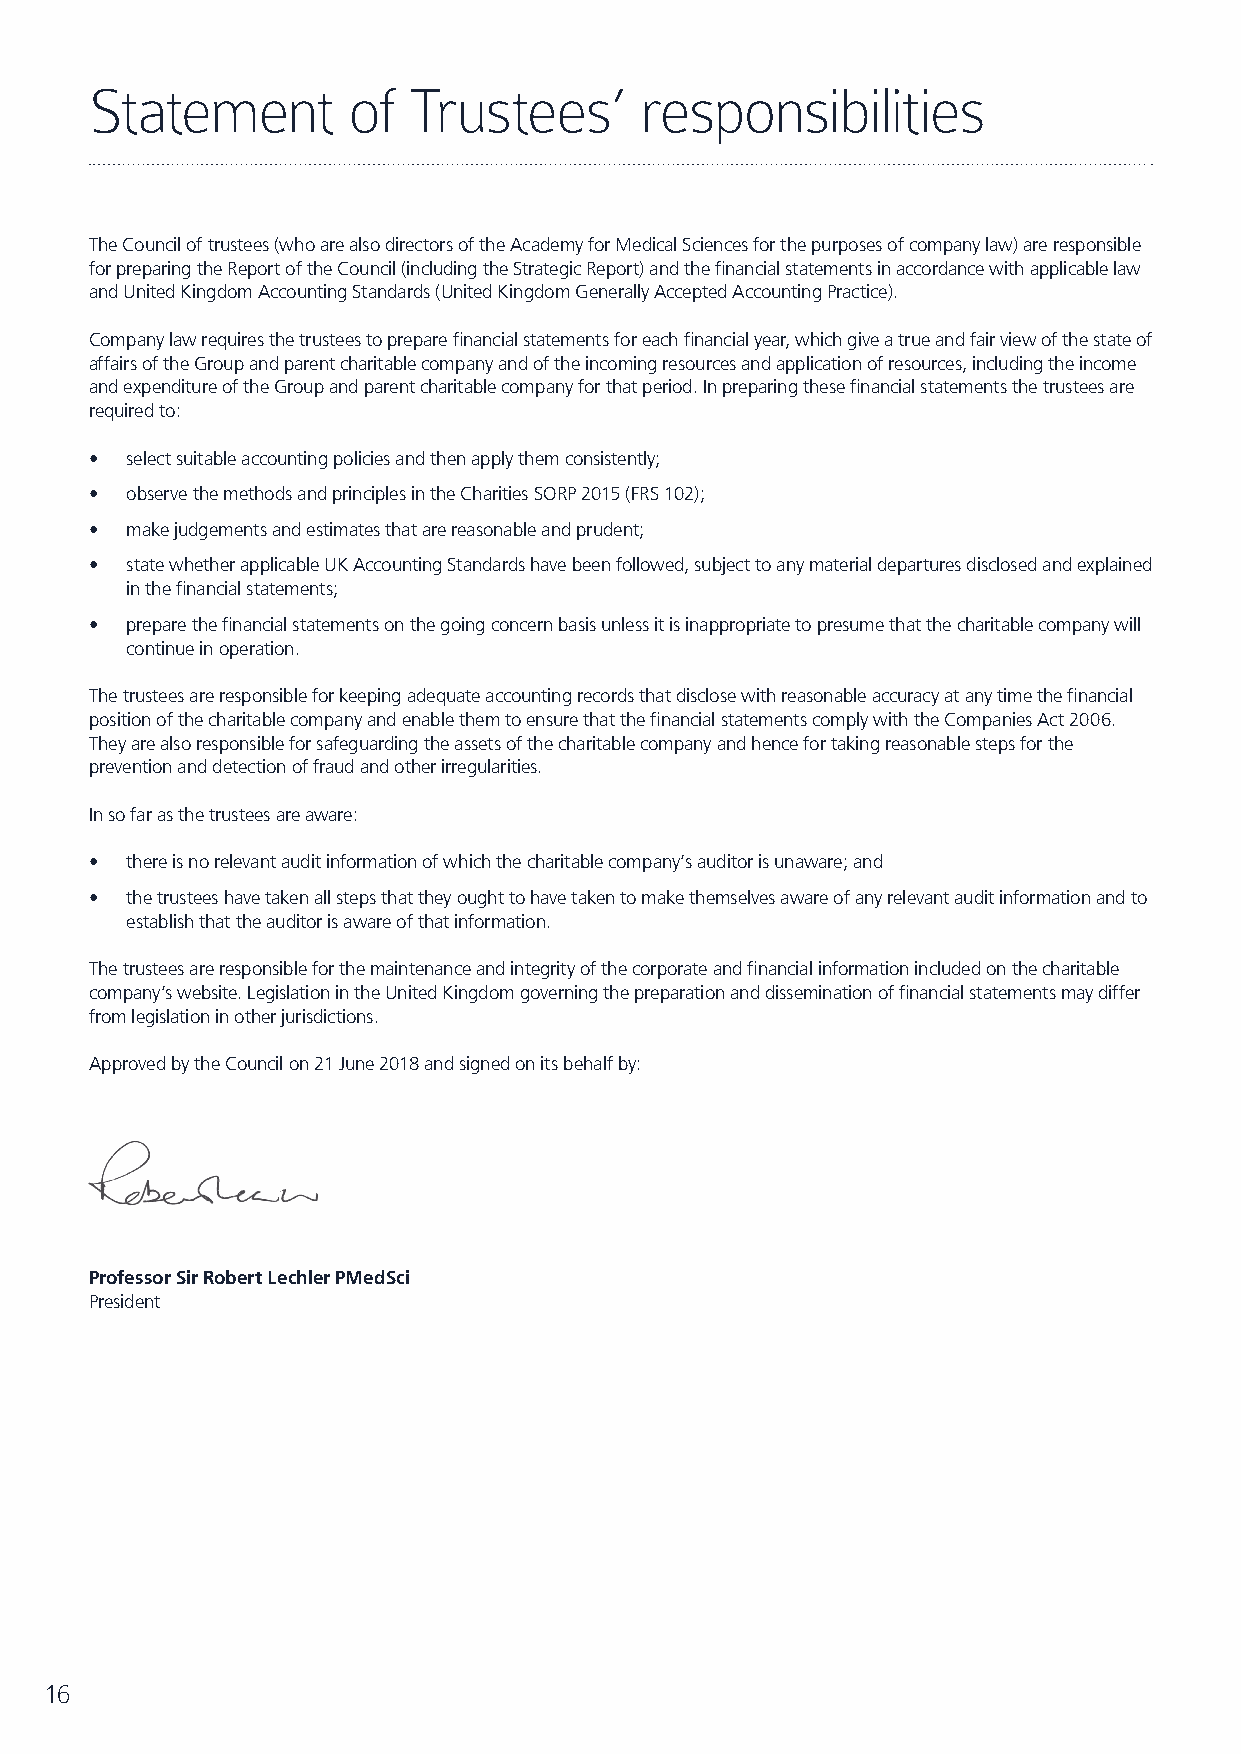
Statement        of  Trustees’      responsibilities
 The Council of trustees (who are also directors of the Academy for Medical Sciences for the purposes of company law) are responsible
 for preparing the Report of the Council (including the Strategic Report) and the financial statements in accordance with applicable law
 and United Kingdom Accounting Standards (United Kingdom Generally Accepted Accounting Practice).
 Company law requires the trustees to prepare financial statements for each financial year, which give a true and fair view of the state of
 affairs of the Group and parent charitable company and of the incoming resources and application of resources, including the income
 and expenditure of the Group and parent charitable company for that period. In preparing these financial statements the trustees are
 required to:
 • select suitable accounting policies and then apply them consistently;
 • observe the methods and principles in the Charities SORP 2015 (FRS 102);
 • make judgements and estimates that are reasonable and prudent;
 • state whether applicable UK Accounting Standards have been followed, subject to any material departures disclosed and explained
 in the financial statements;
 • prepare the financial statements on the going concern basis unless it is inappropriate to presume that the charitable company will
 continue in operation.
 The trustees are responsible for keeping adequate accounting records that disclose with reasonable accuracy at any time the financial
 position of the charitable company and enable them to ensure that the financial statements comply with the Companies Act 2006.
 They are also responsible for safeguarding the assets of the charitable company and hence for taking reasonable steps for the
 prevention and detection of fraud and other irregularities.
 In so far as the trustees are aware:
 • there is no relevant audit information of which the charitable company’s auditor is unaware; and
 • the trustees have taken all steps that they ought to have taken to make themselves aware of any relevant audit information and to
 establish that the auditor is aware of that information.
 The trustees are responsible for the maintenance and integrity of the corporate and financial information included on the charitable
 company’s website. Legislation in the United Kingdom governing the preparation and dissemination of financial statements may differ
 from legislation in other jurisdictions.
 Approved by the Council on 21 June 2018 and signed on its behalf by:
 Professor Sir Robert Lechler PMedSci
 President
 16